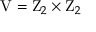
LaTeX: \mathrm { V } = \mathrm { Z } _ { 2 } \times \mathrm { Z } _ { 2 }